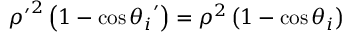
{ \rho ^ { \prime } } ^ { 2 } \left( 1 - \cos { \theta _ { i } } ^ { \prime } \right) = \rho ^ { 2 } \left( 1 - \cos \theta _ { i } \right)